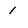
Character: 1